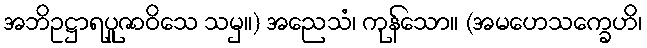
အဘိဥဋ္ဌာရပူဇာဝိသေ သမှ။) အညေသံ၊ ကုန်သော။ (အမဟေသက္ခေဟိ၊